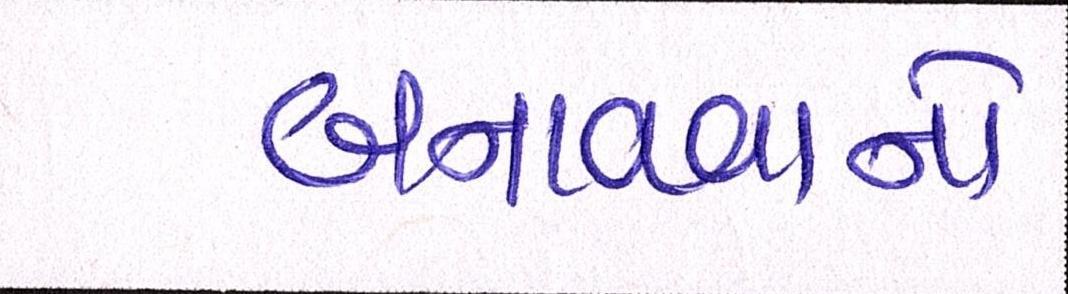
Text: બનાવવાનો